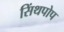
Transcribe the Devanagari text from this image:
सिंथपोप